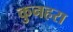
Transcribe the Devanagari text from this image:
कुनहरा